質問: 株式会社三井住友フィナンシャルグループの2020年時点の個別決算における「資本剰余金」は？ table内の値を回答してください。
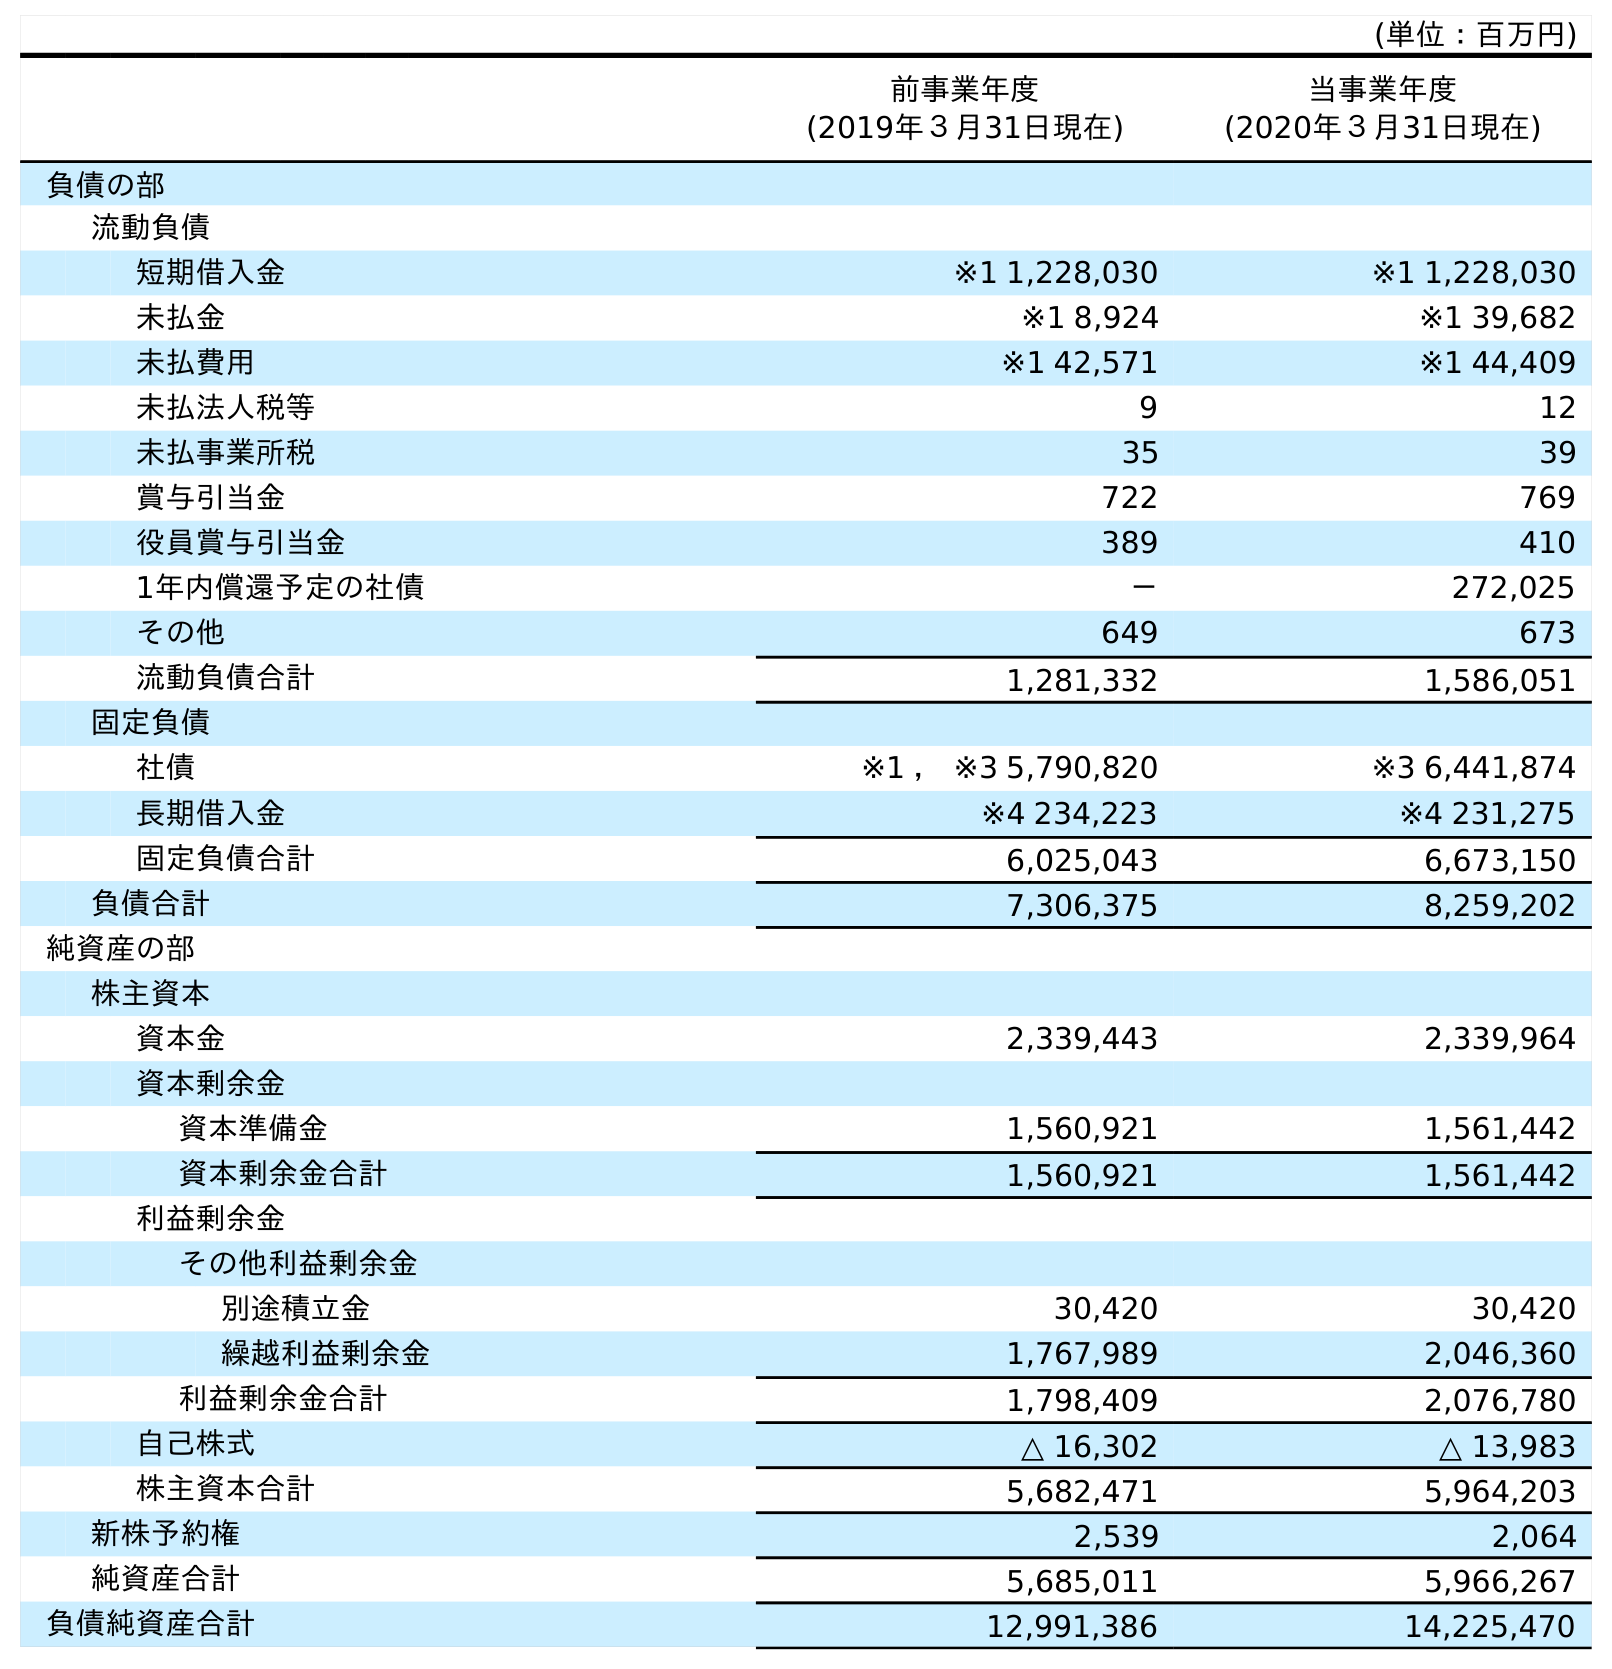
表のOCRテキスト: (単位：百万円) 前事業年度 (2019年３月31日現在) 当事業年度 (2020年３月31日現在) 負債の部 流動負債 短期借入金 ※1 1,228,030 ※1 1,228,030 未払金 ※1 8,924 ※1 39,682 未払費用 ※1 42,571 ※1 44,409 未払法人税等 9 12 未払事業所税 35 39 賞与引当金 722 769 役員賞与引当金 389 410 1年内償還予定の社債 － 272,025 その他 649 673 流動負債合計 1,281,332 1,586,051 固定負債 社債 ※1 ， ※3 5,790,820 ※3 6,441,874 長期借入金 ※4 234,223 ※4 231,275 固定負債合計 6,025,043 6,673,150 負債合計 7,306,375 8,259,202 純資産の部 株主資本 資本金 2,339,443 2,339,964 資本剰余金 資本準備金 1,560,921 1,561,442 資本剰余金合計 1,560,921 1,561,442 利益剰余金 その他利益剰余金 別途積立金 30,420 30,420 繰越利益剰余金 1,767,989 2,046,360 利益剰余金合計 1,798,409 2,076,780 自己株式 △ 16,302 △ 13,983 株主資本合計 5,682,471 5,964,203 新株予約権 2,539 2,064 純資産合計 5,685,011 5,966,267 負債純資産合計 12,991,386 14,225,470
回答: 1,561,442